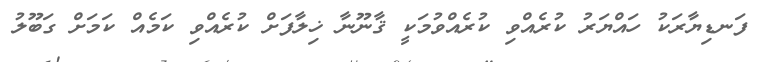
ފަނޑިޔާރަކު ހައްޔަރު ކުރެއްވި ކުރެއްވުމަކީ ޤާނޫނާ ޚިލާފަށް ކުރެއްވި ކަމެއް ކަމަށް ގަބޫލު